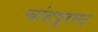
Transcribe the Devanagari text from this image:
चांदपुरगढ़